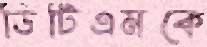
ডিটিএমকে